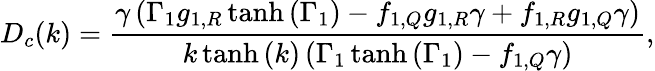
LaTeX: D_{c}(k)=\frac{\gamma\left(\Gamma_{1}g_{1,R}\operatorname{tanh}{\left(\Gamma_{1}\right)}-f_{1,Q}g_{1,R}\gamma+f_{1,R}g_{1,Q}\gamma\right)}{k\operatorname{tanh}{\left(k\right)}\left(\Gamma_{1}\operatorname{tanh}{\left(\Gamma_{1}\right)}-f_{1,Q}\gamma\right)},